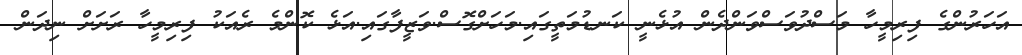
އަހަރުންގެ ފިރިމީހާ މަސްދުވަސްވަންދެން އުޅެނީ ކަނޑުމަތީގައި.މަހަށްގޮސް.ވަޒީފާގައި.އަޅެ ކޮންމެ ރެއަކު ފިރިމީހާ ރަށަށް ނިދަން